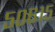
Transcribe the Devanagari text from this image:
५०६१५